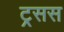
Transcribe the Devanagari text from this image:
ट्रसस